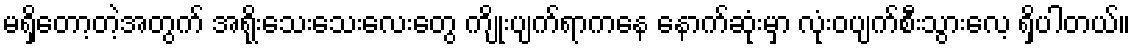
မရှိတော့တဲ့အတွက် အရိုးသေးသေးလေးတွေ ကျိုးပျက်ရာကနေ နောက်ဆုံးမှာ လုံးဝပျက်စီးသွားလေ့ ရှိပါတယ်။